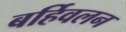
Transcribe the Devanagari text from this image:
बर्हिवलन